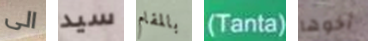
الى سيد بالمقام (Tanta) أخوها